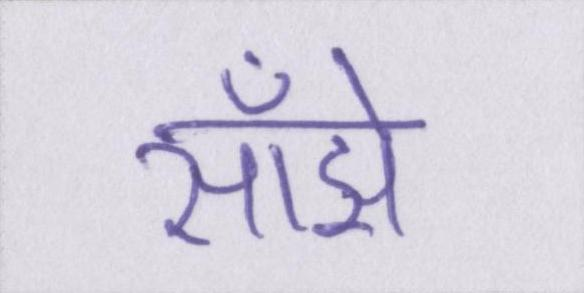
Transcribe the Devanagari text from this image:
साँझे